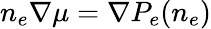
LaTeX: n_{e}\nabla\mu=\nabla P_{e}(n_{e})